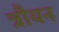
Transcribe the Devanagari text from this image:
त्रौयन